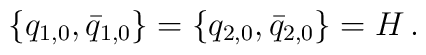
\{ q_{1,0}, \bar{q}_{1,0} \}=\{ q_{2,0}, \bar{q}_{2,0} \}=H\,.